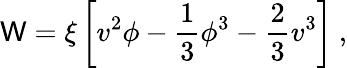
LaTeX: \mathsf{W}=\xi\left[v^{2}\phi-{\frac{{1}}{{3}}}\phi^{3}-{\frac{{2}}{{3}}}v^{3}\right]~,